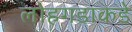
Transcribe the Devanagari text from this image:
लोहगडाकडे